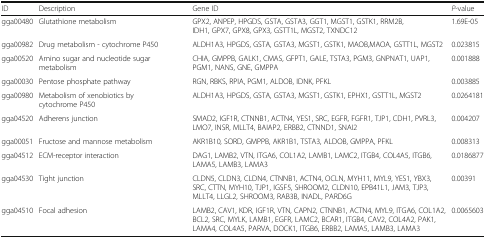
<table><thead><tr><td><b>ID</b></td><td><b>Description</b></td><td><b>Gene ID</b></td><td><b><i>P</i>-value</b></td></tr></thead><tbody><tr><td>gga00480</td><td>Glutathione metabolism</td><td>GPX2, ANPEP, HPGDS, GSTA, GSTA3, GGT1, MGST1, GSTK1, RRM2B, IDH1, GPX7, GPX8, GPX3, GSTT1L, MGST2, TXNDC12</td><td>1.69E-05</td></tr><tr><td>gga00982</td><td>Drug metabolism - cytochrome P450</td><td>ALDH1A3, HPGDS, GSTA, GSTA3, MGST1, GSTK1, MAOB,MAOA, GSTT1L, MGST2</td><td>0.023815</td></tr><tr><td>gga00520</td><td>Amino sugar and nucleotide sugar metabolism</td><td>CHIA, GMPPB, GALK1, CMAS, GFPT1, GALE, TSTA3, PGM3, GNPNAT1, UAP1, PGM1, NANS, GNE, GMPPA</td><td>0.001888</td></tr><tr><td>gga00030</td><td>Pentose phosphate pathway</td><td>RGN, RBKS, RPIA, PGM1, ALDOB, IDNK, PFKL</td><td>0.003885</td></tr><tr><td>gga00980</td><td>Metabolism of xenobiotics by cytochrome P450</td><td>ALDH1A3, HPGDS, GSTA, GSTA3, MGST1, GSTK1, EPHX1, GSTT1L, MGST2</td><td>0.0264181</td></tr><tr><td>gga04520</td><td>Adherens junction</td><td>SMAD2, IGF1R, CTNNB1, ACTN4, YES1, SRC, EGFR, FGFR1, TJP1, CDH1, PVRL3, LMO7, INSR, MLLT4, BAIAP2, ERBB2, CTNND1, SNAI2</td><td>0.004207</td></tr><tr><td>gga00051</td><td>Fructose and mannose metabolism</td><td>AKR1B10, SORD, GMPPB, AKR1B1, TSTA3, ALDOB, GMPPA, PFKL</td><td>0.008313</td></tr><tr><td>gga04512</td><td>ECM-receptor interaction</td><td>DAG1, LAMB2, VTN, ITGA6, COL1A2, LAMB1, LAMC2, ITGB4, COL4A5, ITGB6, LAMA5, LAMB3, LAMA3</td><td>0.0186877</td></tr><tr><td>gga04530</td><td>Tight junction</td><td>CLDN5, CLDN3, CLDN4, CTNNB1, ACTN4, OCLN, MYH11, MYL9, YES1, YBX3, SRC, CTTN, MYH10, TJP1, IGSF5, SHROOM2, CLDN10, EPB41L1, JAM3, TJP3, MLLT4, LLGL2, SHROOM3, RAB3B, INADL, PARD6G</td><td>0.00391</td></tr><tr><td>gga04510</td><td>Focal adhesion</td><td>LAMB2, CAV1, KDR, IGF1R, VTN, CAPN2, CTNNB1, ACTN4, MYL9, ITGA6, COL1A2, BCL2, SRC, MYLK, LAMB1, EGFR, LAMC2, BCAR1, ITGB4, CAV2, COL4A2, PAK1, LAMA4, COL4A5, PARVA, DOCK1, ITGB6, ERBB2, LAMA5, LAMB3, LAMA3</td><td>0.0065603</td></tr></tbody></table>